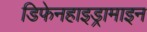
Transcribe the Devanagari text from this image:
डिफेनहाइड्रामाइन